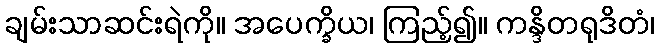
ချမ်းသာဆင်းရဲကို။ အပေက္ခိယ၊ ကြည့်၍။ ကန္ဒိတရုဒိတံ၊